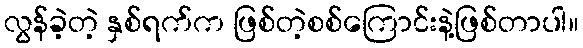
လွန်ခဲ့တဲ့ နှစ်ရက်က ဖြစ်တဲ့စစ်ကြောင်းနဲ့ဖြစ်တာပါ။